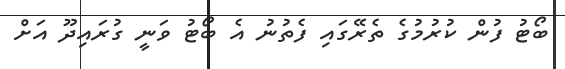
ބޯޓު ފުން ކުރުމުގެ ތެރޭގައި ފެތުނު އެ ބޯޓު ވަނީ ގުރައިދޫ އަށް